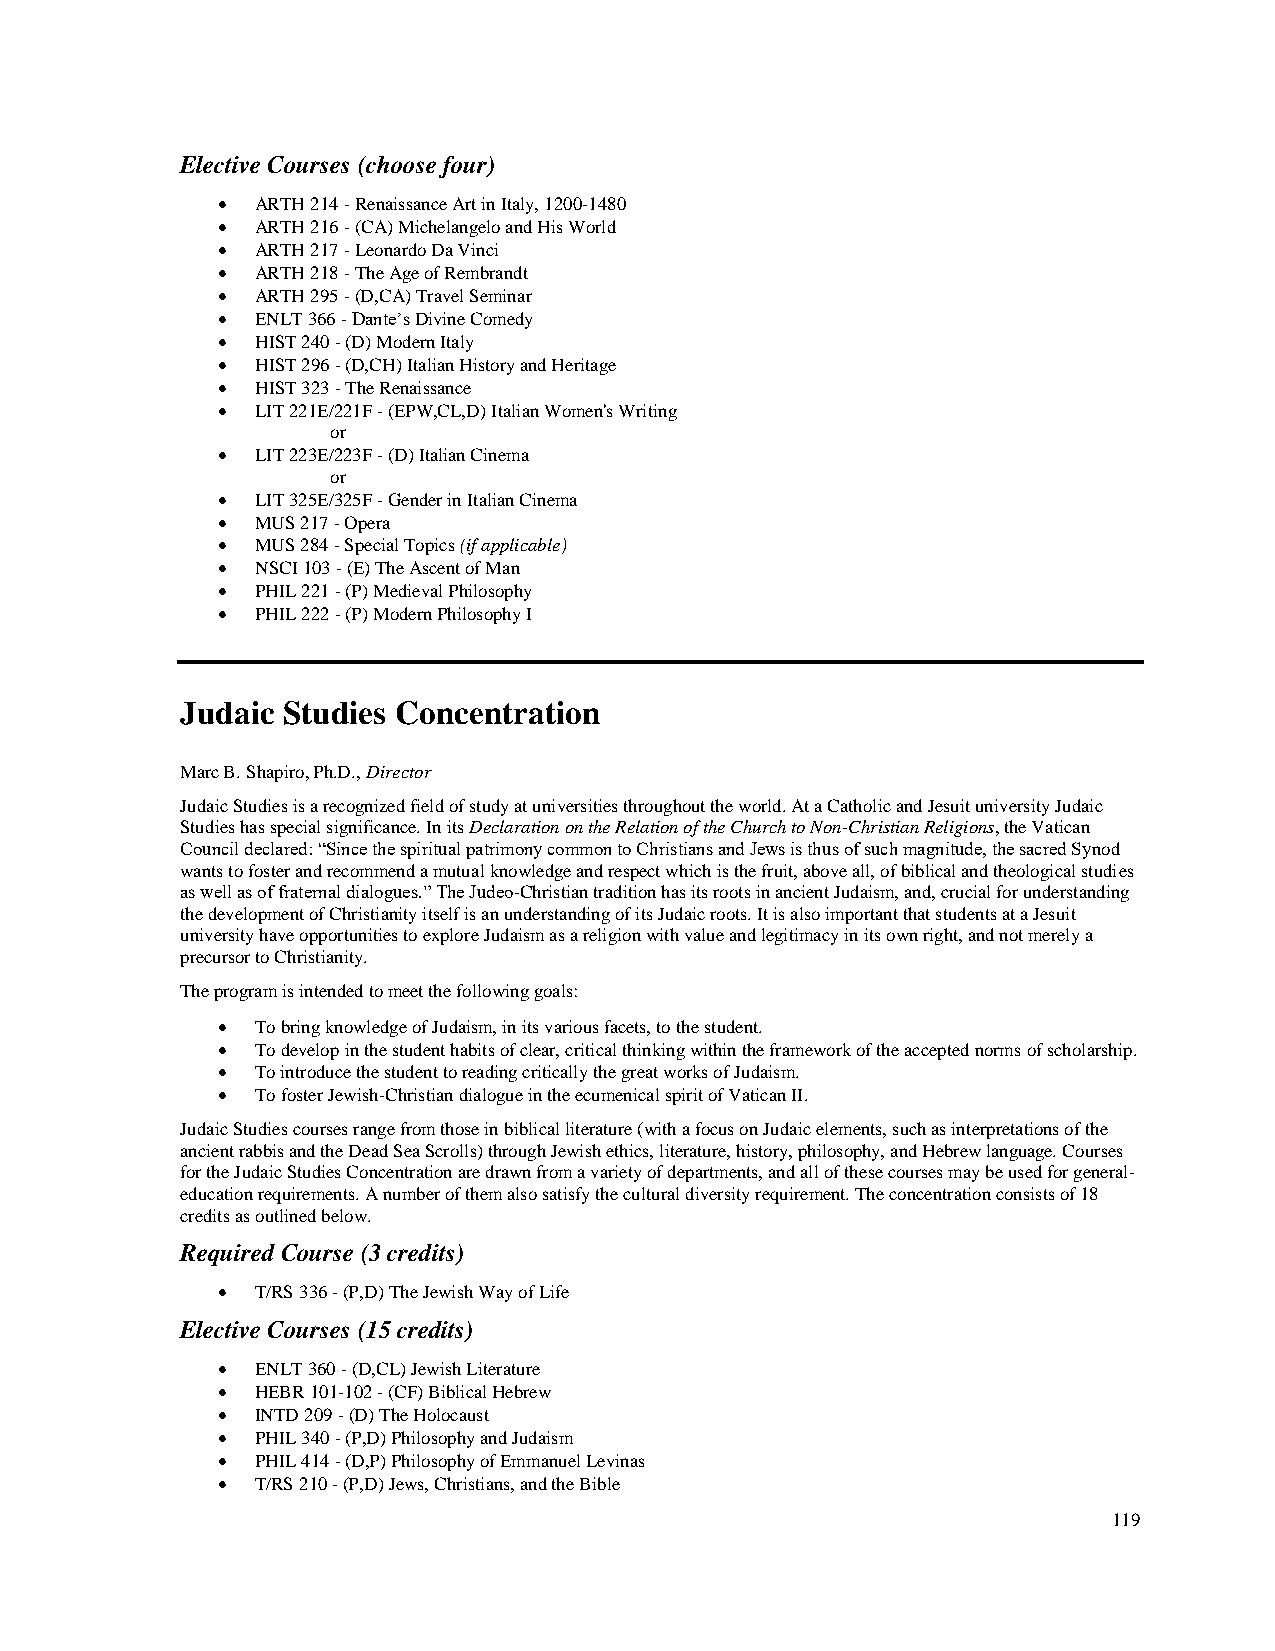
Elective Courses (choose four)
 •  ARTH 214 - Renaissance Art in Italy, 1200-1480
 •  ARTH 216 - (CA) Michelangelo and His World
 •  ARTH 217 - Leonardo Da Vinci
 •  ARTH 218 - The Age of Rembrandt
 •  ARTH 295 - (D,CA) Travel Seminar
 •  ENLT 366 - Dante’s Divine Comedy
 •  HIST 240 - (D) Modern Italy
 •  HIST 296 - (D,CH) Italian History and Heritage
 •  HIST 323 - The Renaissance
 •  LIT 221E/221F - (EPW,CL,D) Italian Women's Writing
 or
 •  LIT 223E/223F - (D) Italian Cinema
 or
 •  LIT 325E/325F - Gender in Italian Cinema
 •  MUS 217 - Opera
 •  MUS 284 - Special Topics (if applicable)
 •  NSCI 103 - (E) The Ascent of Man
 •  PHIL 221 - (P) Medieval Philosophy
 •  PHIL 222 - (P) Modern Philosophy I
 Judaic Studies Concentration
 Marc B. Shapiro, Ph.D., Director
 Judaic Studies is a recognized field of study at universities throughout the world. At a Catholic and Jesuit university Judaic
 Studies has special significance. In its Declaration on the Relation of the Church to Non-Christian Religions, the Vatican
 Council declared: “Since the spiritual patrimony common to Christians and Jews is thus of such magnitude, the sacred Synod
 wants to foster and recommend a mutual knowledge and respect which is the fruit, above all, of biblical and theological studies
 as well as of fraternal dialogues.” The Judeo-Christian tradition has its roots in ancient Judaism, and, crucial for understanding
 the development of Christianity itself is an understanding of its Judaic roots. It is also important that students at a Jesuit
 university have opportunities to explore Judaism as a religion with value and legitimacy in its own right, and not merely a
 precursor to Christianity.
 The program is intended to meet the following goals:
 •  To bring knowledge of Judaism, in its various facets, to the student.
 •  To develop in the student habits of clear, critical thinking within the framework of the accepted norms of scholarship.
 •  To introduce the student to reading critically the great works of Judaism.
 •  To foster Jewish-Christian dialogue in the ecumenical spirit of Vatican II.
 Judaic Studies courses range from those in biblical literature (with a focus on Judaic elements, such as interpretations of the
 ancient rabbis and the Dead Sea Scrolls) through Jewish ethics, literature, history, philosophy, and Hebrew language. Courses
 for the Judaic Studies Concentration are drawn from a variety of departments, and all of these courses may be used for general-
 education requirements. A number of them also satisfy the cultural diversity requirement. The concentration consists of 18
 credits as outlined below.
 Required Course (3 credits)
 •  T/RS 336 - (P,D) The Jewish Way of Life
 Elective Courses (15 credits)
 •  ENLT 360 - (D,CL) Jewish Literature
 •  HEBR 101-102 - (CF) Biblical Hebrew
 •  INTD 209 - (D) The Holocaust
 •  PHIL 340 - (P,D) Philosophy and Judaism
 •  PHIL 414 - (D,P) Philosophy of Emmanuel Levinas
 •  T/RS 210 - (P,D) Jews, Christians, and the Bible
 119